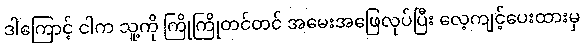
ဒါကြောင့် ငါက သူ့ကို ကြိုကြိုတင်တင် အမေးအဖြေလုပ်ပြီး လေ့ကျင့်ပေးထားမှ